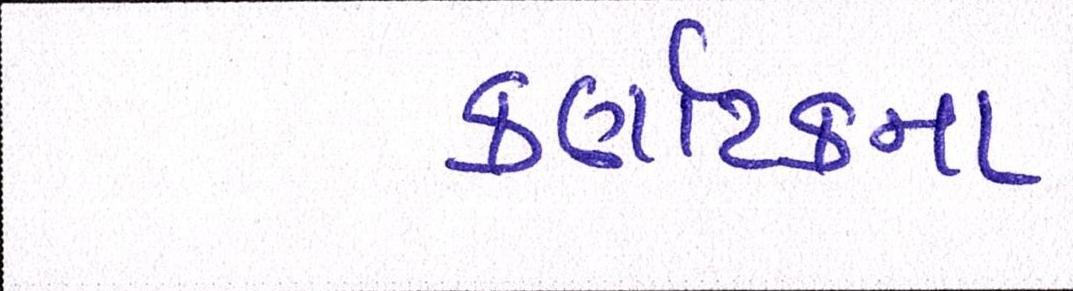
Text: કર્ણાટકના